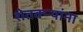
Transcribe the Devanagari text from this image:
शेतक्ऱ्यांना